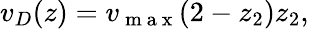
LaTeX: v_{D}(z)=v_{\mathrm{~m~a~x~}}(2-z_{2})z_{2},